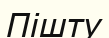
Пішту